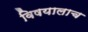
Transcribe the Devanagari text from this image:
विषयालाच